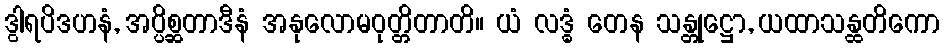
ဒွါရပိဒဟနံ, အပ္ပိစ္ဆတာဒီနံ အနုလောမဝုတ္တိတာတိ။ ယံ လဒ္ဓံ တေန သန္တုဋ္ဌော, ယထာသန္ထတိကော